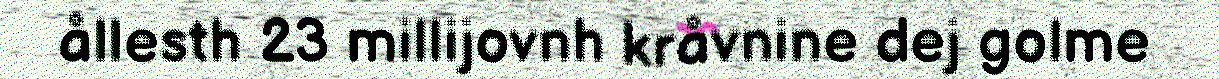
ållesth 23 millijovnh kråvnine dej golme